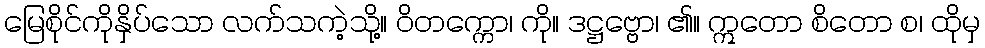
မြေစိုင်ကိုနှိပ်သော လက်သကဲ့သို့။ ဝိတက္ကော၊ ကို။ ဒဋ္ဌဗ္ဗော၊ ၏။ ဣတော စိတော စ၊ ထိုမှ